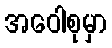
အဝေါစုမှာ